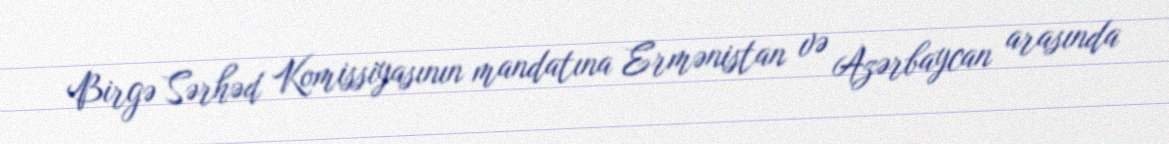
Birgə Sərhəd Komissiyasının mandatına Ermənistan və Azərbaycan arasında